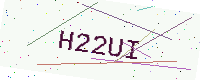
Text: H22UI